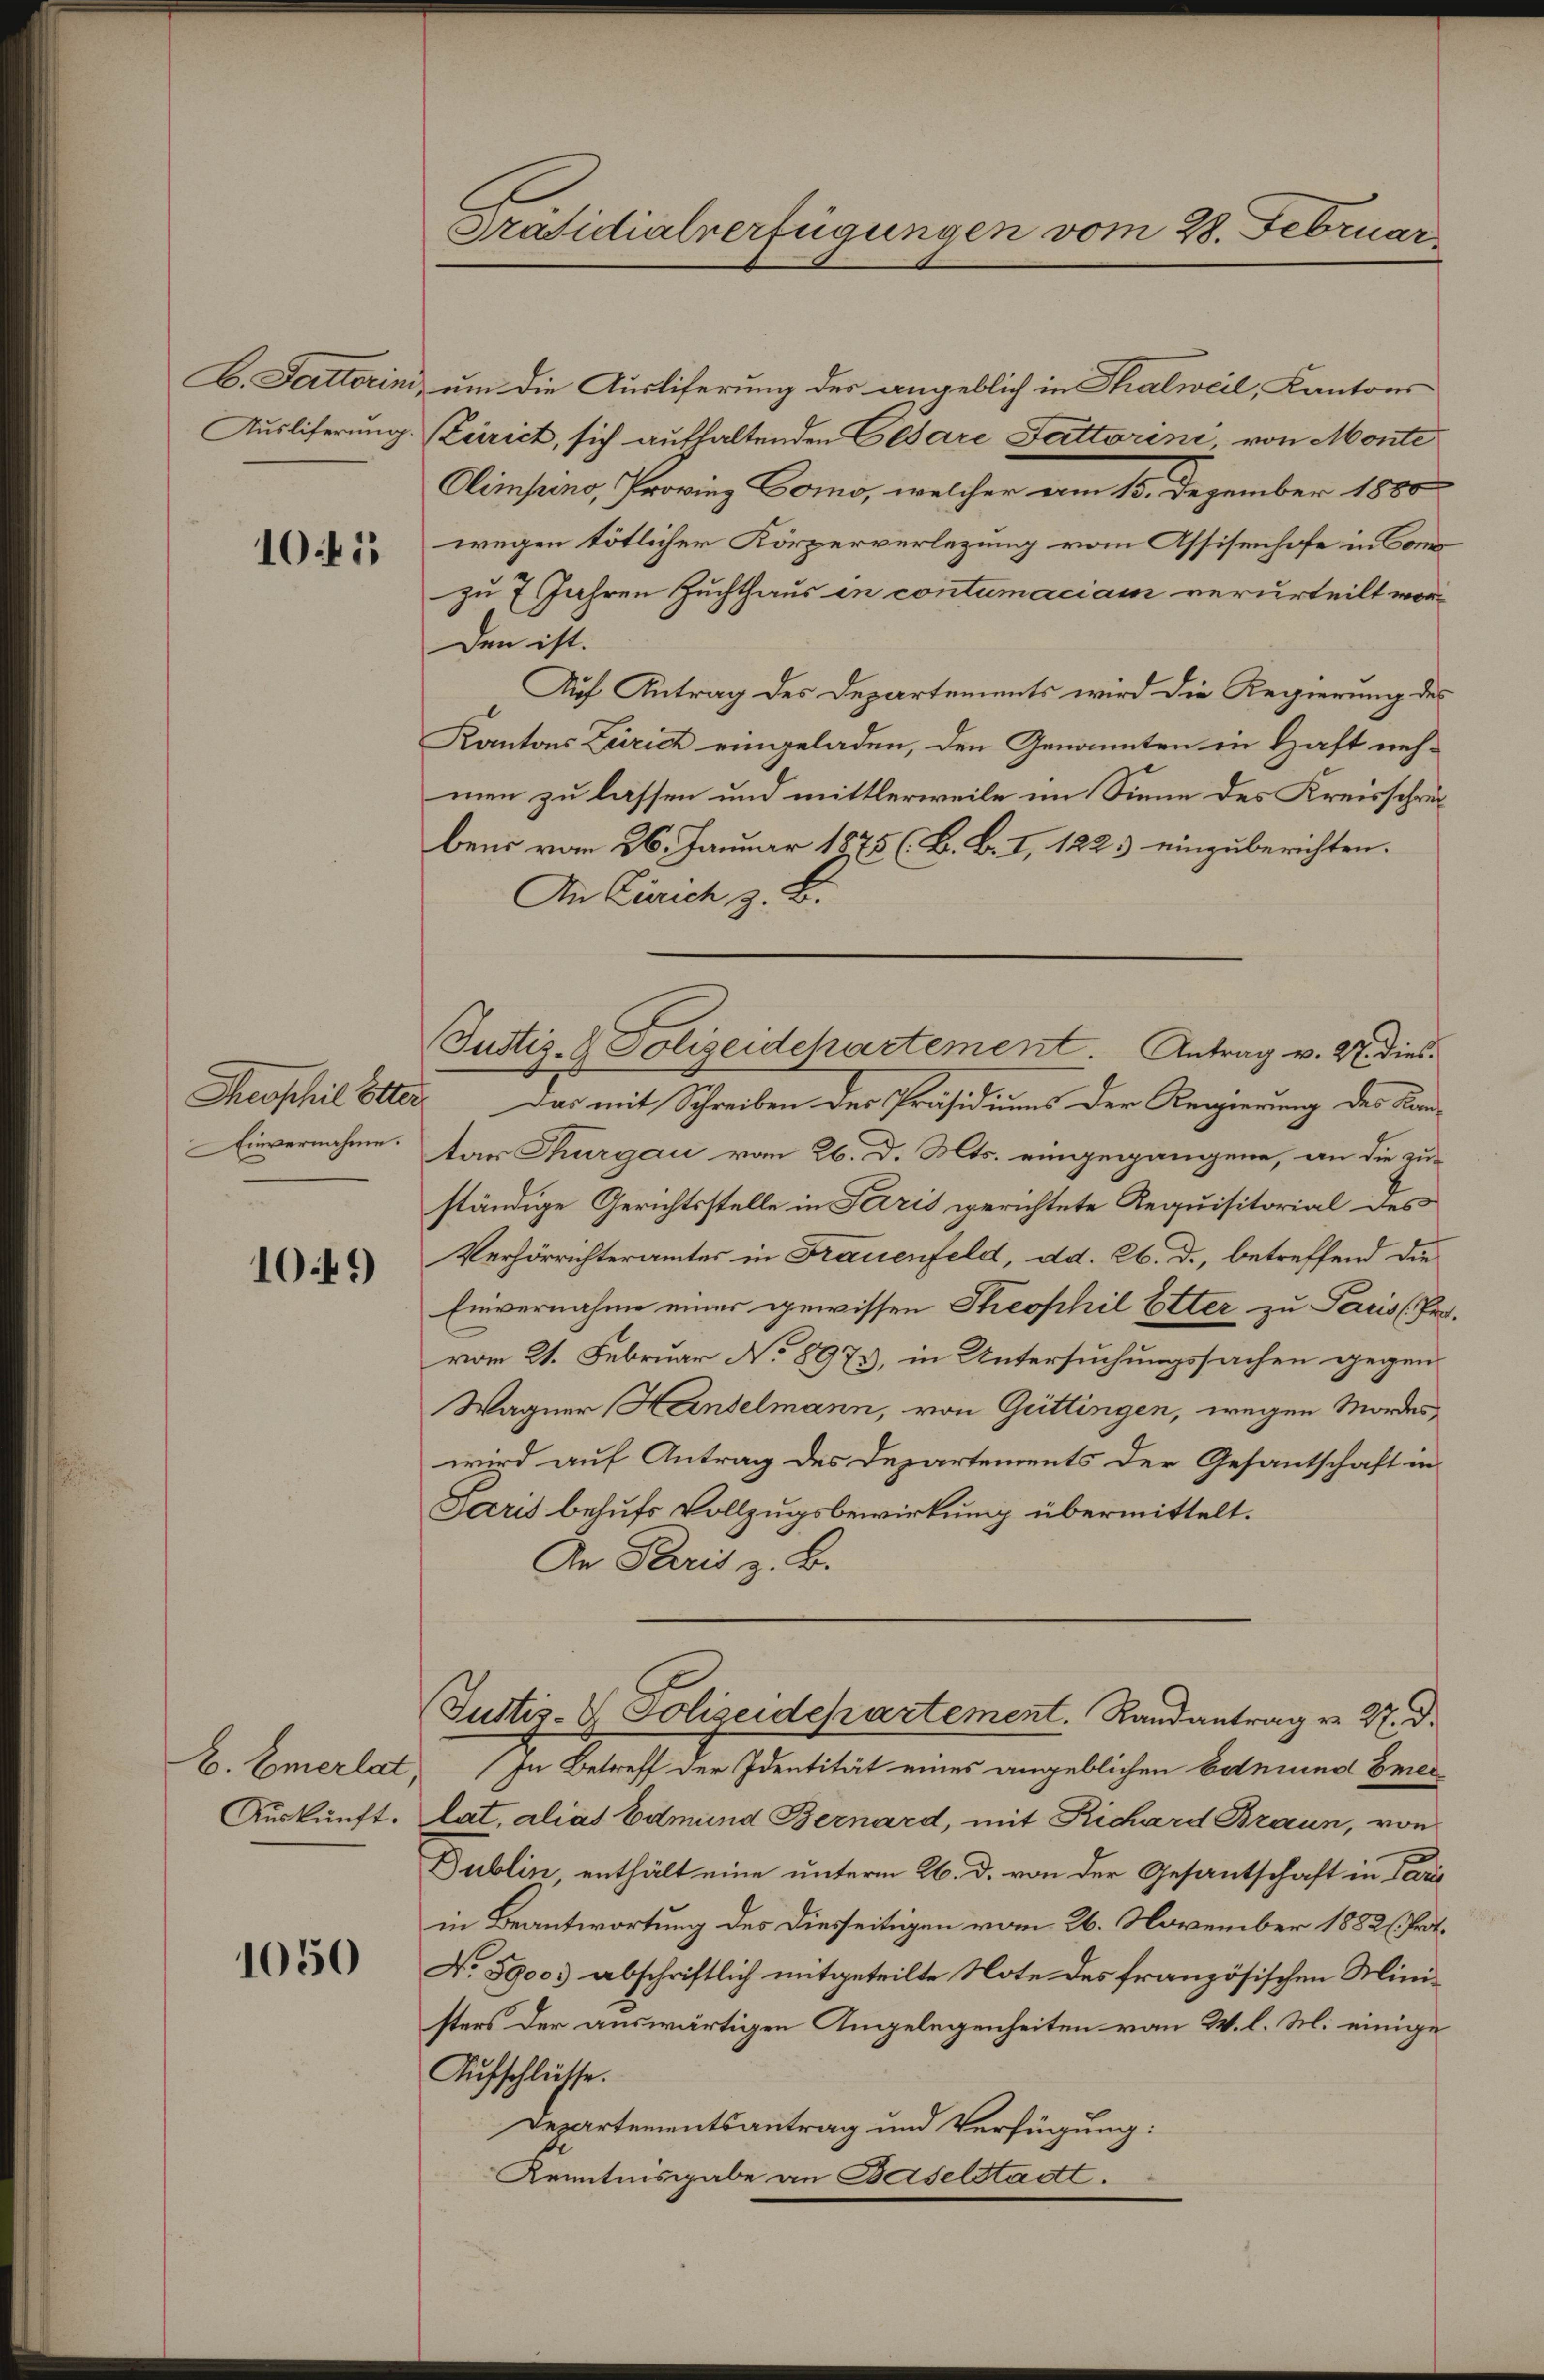
Ausliferung

1045

Einvernahme.

1049

E. Emerlet
Auskunft.

1050

Präsidialverfügungen vom 28. Februar

B. Satterini, um die Ausliferung der angeblich in Thalweil, Kantons
Küricht, sich aufhaltenden Cesare Futterini, von Monte
Climpuno, Provinz Como, welcher am 15. Dezember 1860
wegen tötlicher Körperverlegung vom Assisenhofe in Comzu 7 Jahren Zuchthaus in contumaciam verurteilt wor¬
Den ist.
Auf Antrag des Departements wird die Regierung des
Kantons Zürich eingeladen, den Genannten in Haft nehmen zu lassen und mittlerweile im Sinne des Kreisschreibens vom 26. Januar 1875 (B. B. I, 1223 einzuberichten.
An Zürich z. B.
Theophil Otter. Das mit Schreiben der Präsidiums der Regierung des Kantar Thurgau vom 26. d. Mts. eingegangene, an die zu-
ständige Gerichtsstelle in Paris gerichtete Requisitorial des
Verhörrichteramtes in Frauenfeld, dd. 26. d., betreffend die
Einvernahme einer gewissen Theophil Etter zu Paris (Provom 21. Februar No 8975, in Untersuchungssachen gegen
Wagner Hanselmann, von Gittingen, wegen Mordes
wird auf Antrag des Departements der Gesantschaft in
Saris behufs Vollzugsbewirkung übermittelt.
An Paris z. B.
Justis-V. Polizeidepartement. Randantrag v. M. D.
In Betreff der Identität eines angeblichen Edmund Breilat, alias Edmund Bernard, mit Richard Braun, von
Dublin, enthält eine unterm 26. d. von der Gesantschaft in Pari
in Beantwortung des Diesseitigen vom 26. November 1882 (Prt.
No. 3900. abschriftlich mitgeteilte Note des französischen Ministers der auswärtigen Angelegenheiten von W. l. M. einige
Aufschlüsse.
Departementsantrag und Verfügung:
Kenntnisgabe an Baselstadt.

Justiz- & Polizeidepartement. Antrag v. M. dies